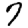
Digit: 7